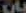
بان